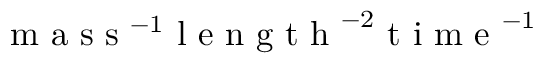
\mathrm { ~ m ~ a ~ s ~ s ~ } ^ { - 1 } \mathrm { ~ l ~ e ~ n ~ g ~ t ~ h ~ } ^ { - 2 } \mathrm { ~ t ~ i ~ m ~ e ~ } ^ { - 1 }